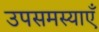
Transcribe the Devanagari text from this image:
उपसमस्याएँ